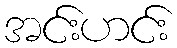
အင်းဟင်း